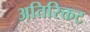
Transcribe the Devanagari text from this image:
अतिरिक्तट